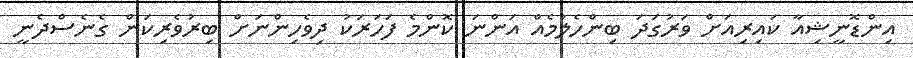
އިންޑޮނީޝިއާ ކައިރިއަށް ވަރުގަދަ ބިންހެލުމެއް އަންނަ ކޮންމެ ފަހަރަކު ދިވެހިންނަށް ބިރުވެރިކަން ގެނެސްދެނީ